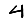
Digit: 4